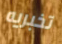
تخبريه